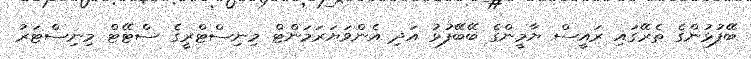
ބޭފުޅުންގެ ތެރޭގައި ރައީސް ޔާމީންގެ ބޭބޭފުޅު އަދި އެންވަޔަރަމަންޓް މިނިސްޓްރީގެ ސްޓޭޓް މިނިސްޓަރު